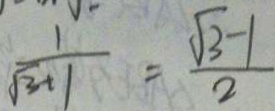
\frac { 1 } { \sqrt { 3 + 1 } } = \frac { \sqrt { 3 } - 1 } { 2 }